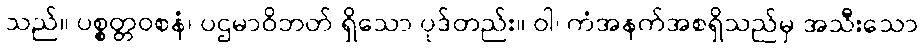
သည်။ ပစ္စတ္တဝစနံ၊ ပဌမာဝိဘတ် ရှိသော ပုဒ်တည်း။ ဝါ၊ ကံအနက်အစရှိသည်မှ အသီးသော